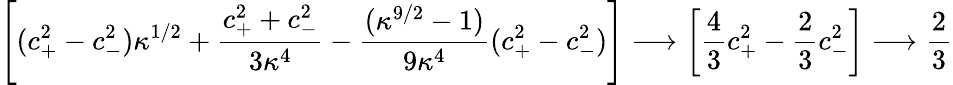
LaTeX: \left[(c_{+}^{2}-c_{-}^{2})\kappa^{1/2}+\frac{c_{+}^{2}+c_{-}^{2}}{3\kappa^{4}}-\frac{(\kappa^{9/2}-1)}{9\kappa^{4}}(c_{+}^{2}-c_{-}^{2})\right]\longrightarrow\left[\frac{4}{3}c_{+}^{2}-\frac{2}{3}c_{-}^{2}\right]\longrightarrow\frac{2}{3}